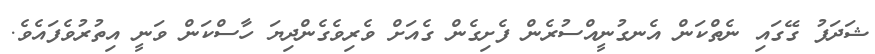
ޝަދަފު ގޭގައި ނެތްކަން އެނގުނީއްސުރެން ފެށިގެން ގެއަށް ވެރިވެގެންދިޔަ ހާސްކަން ވަނީ އިތުރުވެފައެވެ.